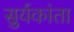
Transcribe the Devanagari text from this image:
सुर्यकांता